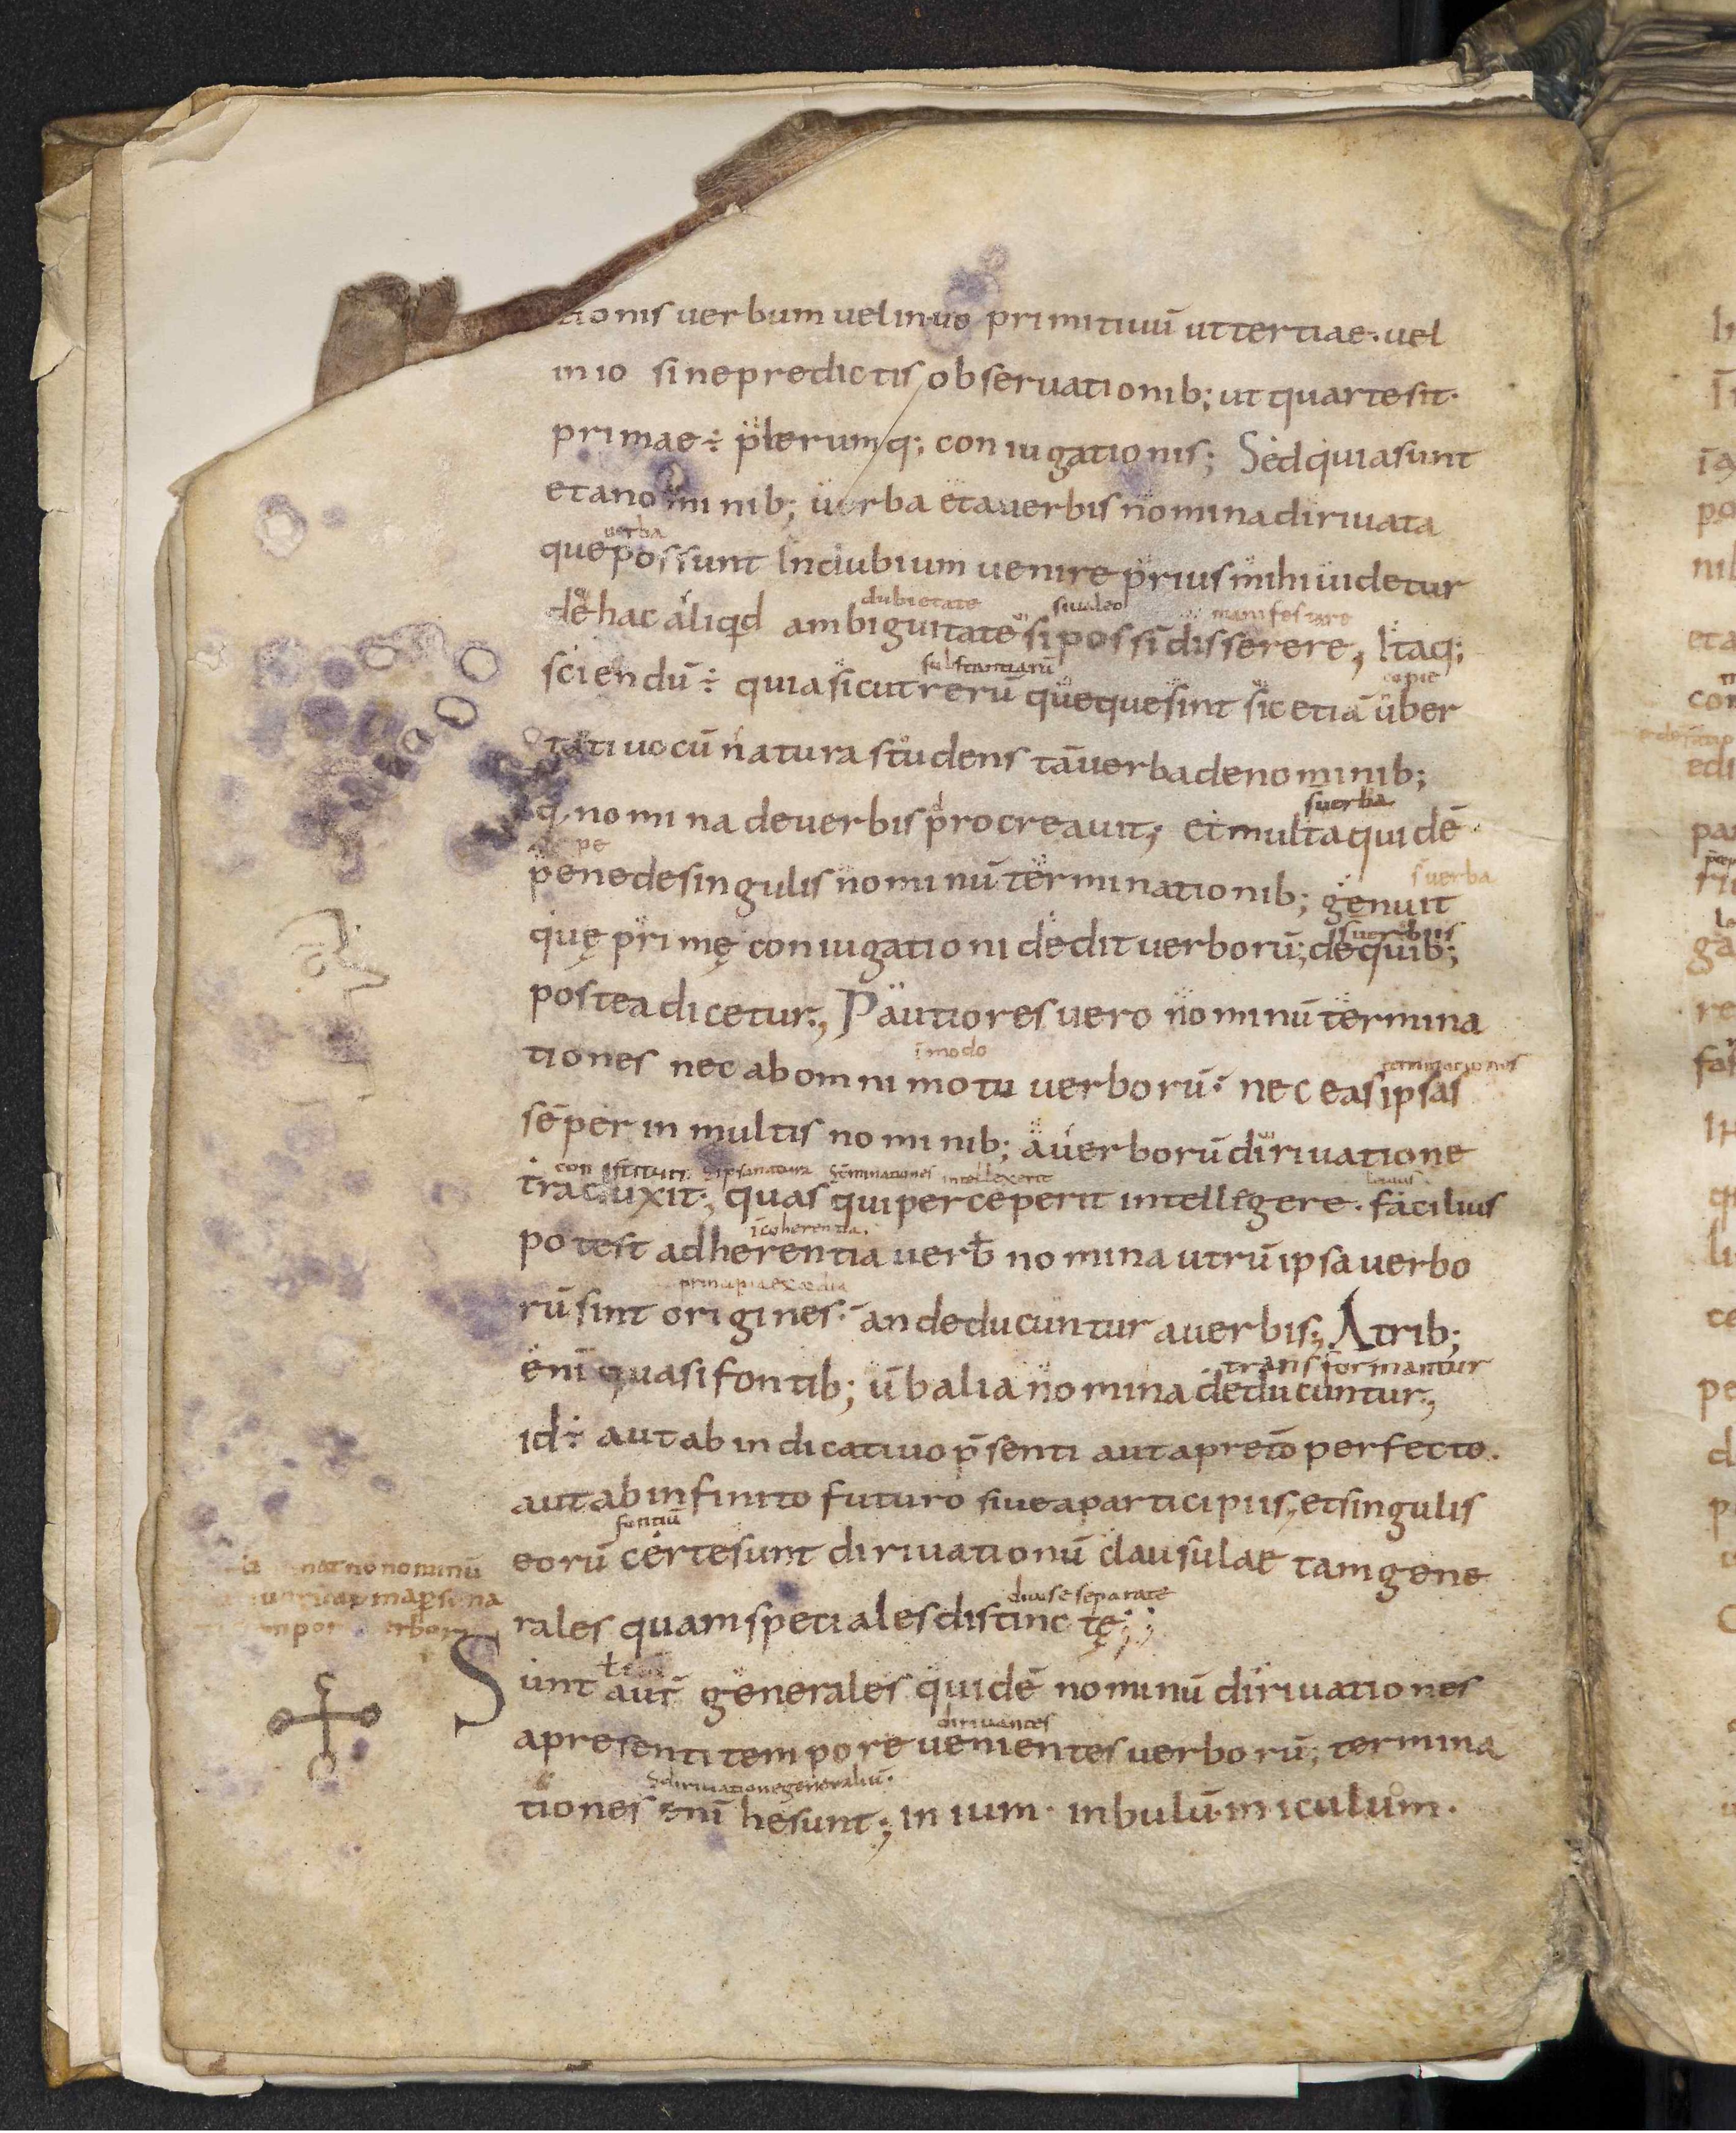
Shelfmark: Leiden, Bibliotheek der Rijksuniversiteit, Voss. Lat. O 41
Century: 9